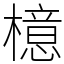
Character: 檍